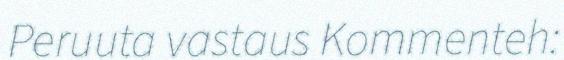
Peruuta vastaus Kommenteh: